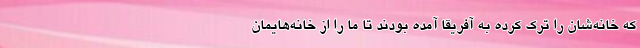
که خانه‌شان را ترک کرده به آفریقا آمده بودند تا ما را از خانه‌‌هایمان